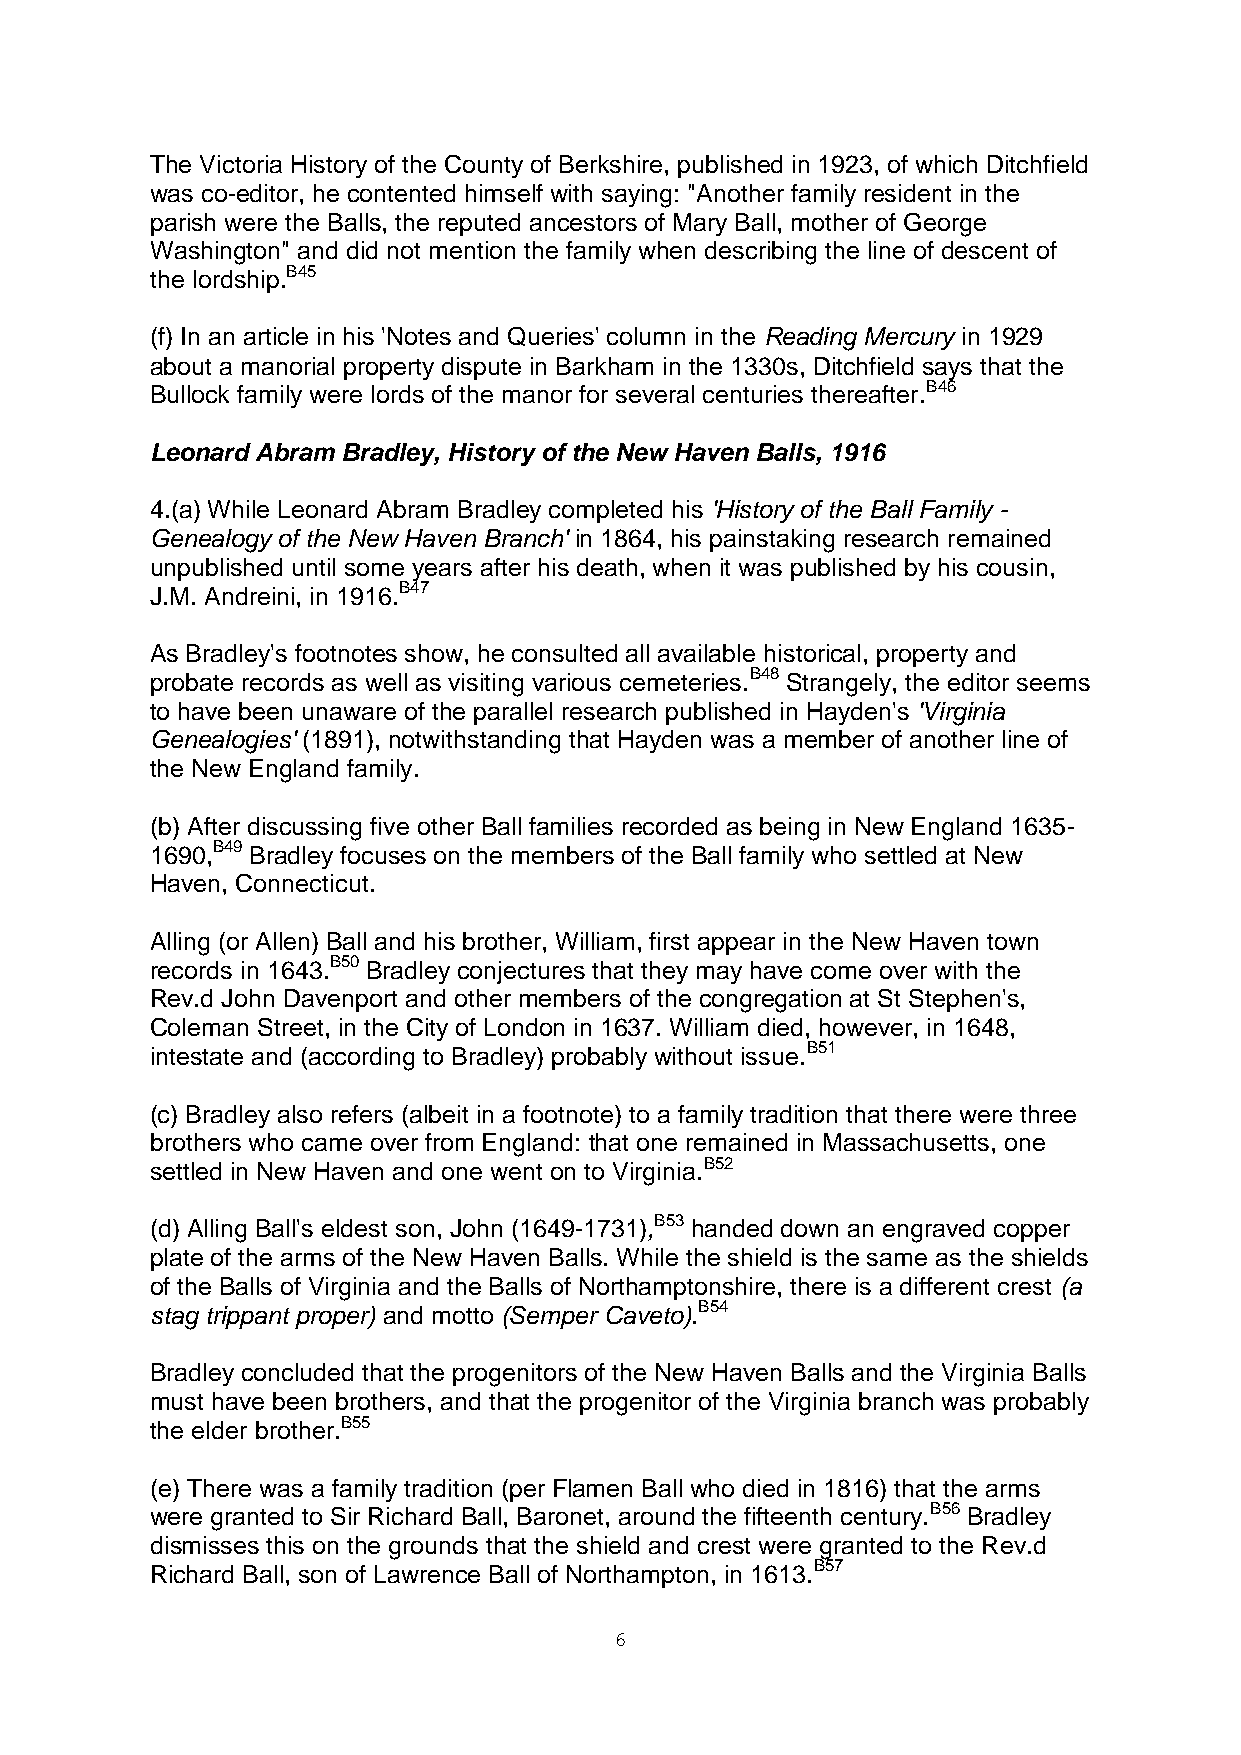
The Victoria History of the County of Berkshire, published in 1923, of which Ditchfield
 was co-editor, he contented himself with saying: "Another family resident in the
 parish were the Balls, the reputed ancestors of Mary Ball, mother of George
 Washington" and did not mention the family when describing the line of descent of
 the lordship.B45
 (f) In an article in his 'Notes and Queries' column in the Reading Mercury in 1929
 about a manorial property dispute in Barkham in the 1330s, Ditchfield says that the
 Bullock family were lords of the manor for several centuries thereafter.B46
 Leonard Abram Bradley, History of the New Haven Balls, 1916
 4.(a) While Leonard Abram Bradley completed his 'History of the Ball Family -
 Genealogy of the New Haven Branch' in 1864, his painstaking research remained
 unpublished until some years after his death, when it was published by his cousin,
 J.M. Andreini, in 1916.B47
 As Bradley's footnotes show, he consulted all available historical, property and
 probate records as well as visiting various cemeteries.B48 Strangely, the editor seems
 to have been unaware of the parallel research published in Hayden's 'Virginia
 Genealogies' (1891), notwithstanding that Hayden was a member of another line of
 the New England family.
 (b) After discussing five other Ball families recorded as being in New England 1635-
 1690,B49 Bradley focuses on the members of the Ball family who settled at New
 Haven, Connecticut.
 Alling (or Allen) Ball and his brother, William, first appear in the New Haven town
 records in 1643.B50 Bradley conjectures that they may have come over with the
 Rev.d John Davenport and other members of the congregation at St Stephen's,
 Coleman Street, in the City of London in 1637. William died, however, in 1648,
 intestate and (according to Bradley) probably without issue.B51
 (c) Bradley also refers (albeit in a footnote) to a family tradition that there were three
 brothers who came over from England: that one remained in Massachusetts, one
 settled in New Haven and one went on to Virginia.B52
 (d) Alling Ball's eldest son, John (1649-1731),B53 handed down an engraved copper
 plate of the arms of the New Haven Balls. While the shield is the same as the shields
 of the Balls of Virginia and the Balls of Northamptonshire, there is a different crest (a
 stag trippant proper) and motto (Semper Caveto).B54
 Bradley concluded that the progenitors of the New Haven Balls and the Virginia Balls
 must have been brothers, and that the progenitor of the Virginia branch was probably
 the elder brother.B55
 (e) There was a family tradition (per Flamen Ball who died in 1816) that the arms
 were granted to Sir Richard Ball, Baronet, around the fifteenth century.B56 Bradley
 dismisses this on the grounds that the shield and crest were granted to the Rev.d
 Richard Ball, son of Lawrence Ball of Northampton, in 1613.B57
 6